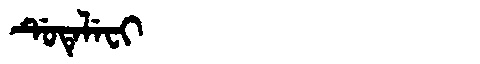
Manchu: ᡩᡠᡨᡝᠯᡝᠸᡳ
Romanization: DUTELEFI